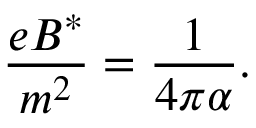
\frac { e B ^ { * } } { m ^ { 2 } } = \frac { 1 } { 4 \pi \alpha } .